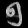
Digit: ၅